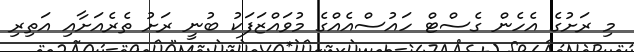
މި ރަށުގެ އެހެން ގެސްޓް ހައުސްއެއްގެ މުވައްޒަފަކު ބުނީ ރަށު ތެރެއަށާއި އަތިރި